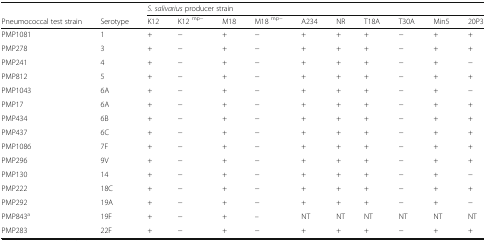
<table><thead><tr><td></td><td></td><td colspan="10"><b><i>S. salivarius</i> producer strain</b></td></tr><tr><td><b>Pneumococcal test strain</b></td><td><b>Serotype</b></td><td><b>K12</b></td><td><b>K12 <sup>mp−</sup></b></td><td><b>M18</b></td><td><b>M18 <sup>mp−</sup></b></td><td><b>A234</b></td><td><b>NR</b></td><td><b>T18A</b></td><td><b>T30A</b></td><td><b>Min5</b></td><td><b>20P3</b></td></tr></thead><tbody><tr><td>PMP1081</td><td>1</td><td>+</td><td>−</td><td>+</td><td>−</td><td>+</td><td>+</td><td>+</td><td>−</td><td>+</td><td>+</td></tr><tr><td>PMP278</td><td>3</td><td>+</td><td>−</td><td>+</td><td>−</td><td>+</td><td>+</td><td>+</td><td>−</td><td>+</td><td>+</td></tr><tr><td>PMP241</td><td>4</td><td>+</td><td>−</td><td>+</td><td>−</td><td>+</td><td>+</td><td>+</td><td>−</td><td>+</td><td>−</td></tr><tr><td>PMP812</td><td>5</td><td>+</td><td>−</td><td>+</td><td>−</td><td>+</td><td>+</td><td>+</td><td>−</td><td>+</td><td>+</td></tr><tr><td>PMP1043</td><td>6A</td><td>+</td><td>−</td><td>+</td><td>−</td><td>+</td><td>+</td><td>+</td><td>−</td><td>+</td><td>−</td></tr><tr><td>PMP17</td><td>6A</td><td>+</td><td>−</td><td>+</td><td>−</td><td>+</td><td>+</td><td>+</td><td>−</td><td>+</td><td>+</td></tr><tr><td>PMP434</td><td>6B</td><td>+</td><td>−</td><td>+</td><td>−</td><td>+</td><td>+</td><td>+</td><td>−</td><td>+</td><td>+</td></tr><tr><td>PMP437</td><td>6C</td><td>+</td><td>−</td><td>+</td><td>−</td><td>+</td><td>+</td><td>+</td><td>−</td><td>+</td><td>+</td></tr><tr><td>PMP1086</td><td>7F</td><td>+</td><td>−</td><td>+</td><td>−</td><td>+</td><td>+</td><td>+</td><td>−</td><td>+</td><td>+</td></tr><tr><td>PMP296</td><td>9V</td><td>+</td><td>−</td><td>+</td><td>−</td><td>+</td><td>+</td><td>+</td><td>−</td><td>+</td><td>+</td></tr><tr><td>PMP130</td><td>14</td><td>+</td><td>−</td><td>+</td><td>−</td><td>+</td><td>+</td><td>+</td><td>−</td><td>+</td><td>−</td></tr><tr><td>PMP222</td><td>18C</td><td>+</td><td>−</td><td>+</td><td>−</td><td>+</td><td>+</td><td>+</td><td>−</td><td>+</td><td>+</td></tr><tr><td>PMP292</td><td>19A</td><td>+</td><td>−</td><td>+</td><td>−</td><td>+</td><td>+</td><td>+</td><td>−</td><td>+</td><td>−</td></tr><tr><td>PMP843<sup>a</sup></td><td>19F</td><td>+</td><td>−</td><td>+</td><td>–</td><td>NT</td><td>NT</td><td>NT</td><td>NT</td><td>NT</td><td>NT</td></tr><tr><td>PMP283</td><td>22F</td><td>+</td><td>−</td><td>+</td><td>−</td><td>+</td><td>+</td><td>+</td><td>−</td><td>+</td><td>+</td></tr></tbody></table>